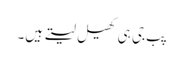
پب جی ہی کھیل لیتے ہیں۔